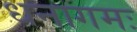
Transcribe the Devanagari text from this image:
धनागमः